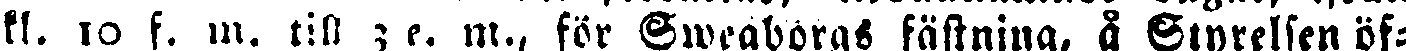
kl. 10 f. m. till z e. m., för Sweaborgs fästning, å Styrelsen öf-